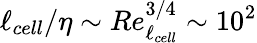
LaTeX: \ell_{cell}/\eta\sim Re_{\ell_{cell}}^{3/4}\sim 10^{2}